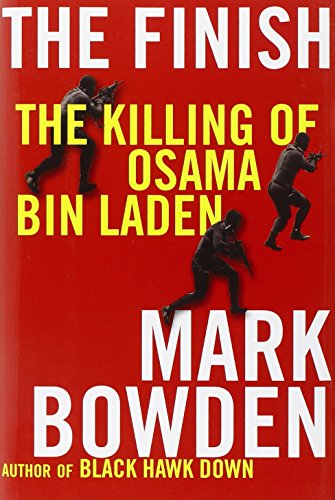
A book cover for The Finish: The Killing of Osama Bin Laden; Mark Bowden; History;